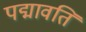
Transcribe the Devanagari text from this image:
पद्मावति